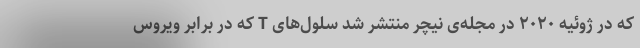
که در ژوئیه ۲۰۲۰ در مجله‌ی نیچر منتشر شد سلول‌های T که در برابر ویروس